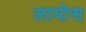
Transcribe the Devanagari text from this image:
लायोस